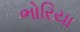
ભોરિયા